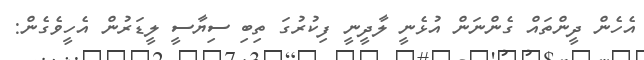
އެހެން ދީންތައް ގެންނަން އުޅެނީ ލާދީނީ ފިކުރުގަ ތިބި ސިޔާސީ ލީޑަރުން އެހީވެގެން: